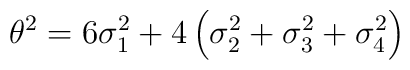
\theta^2 = 6\sigma_1^2+4\left(\sigma_2^2+\sigma_3^2+\sigma_4^2\right)